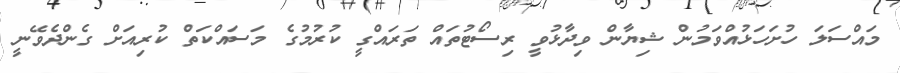
މައްސަލަ ހުށަހަޅުއްވަމުން ޝިޔާން ވިދާޅުވީ ރިސޯޓުތައް ތަރައްގީ ކުރުމުގެ މަސައްކަތް ކުރިއަށް ގެންދެވޭނީ